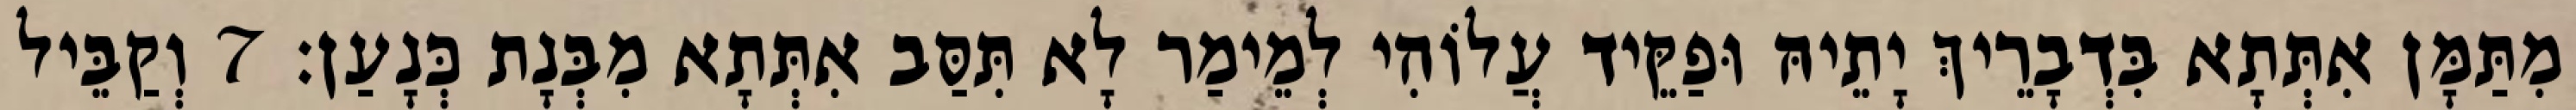
מִתַּמָּן אִתְּתָא בִּדְבָרֵיךְ יָתֵיהּ וּפַקֵּיד עֲלוֹהִי לְמֵימַר לָא תִּסַּב אִתְּתָא מִבְּנָת כְּנָעַן׃ 7 וְקַבֵּיל